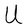
Character: U